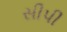
સીપી